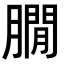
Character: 𦠥